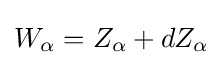
W_{\alpha }=Z_{\alpha }+dZ_{\alpha }